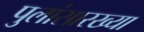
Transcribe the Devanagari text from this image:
पुलांसारख्या